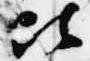
此